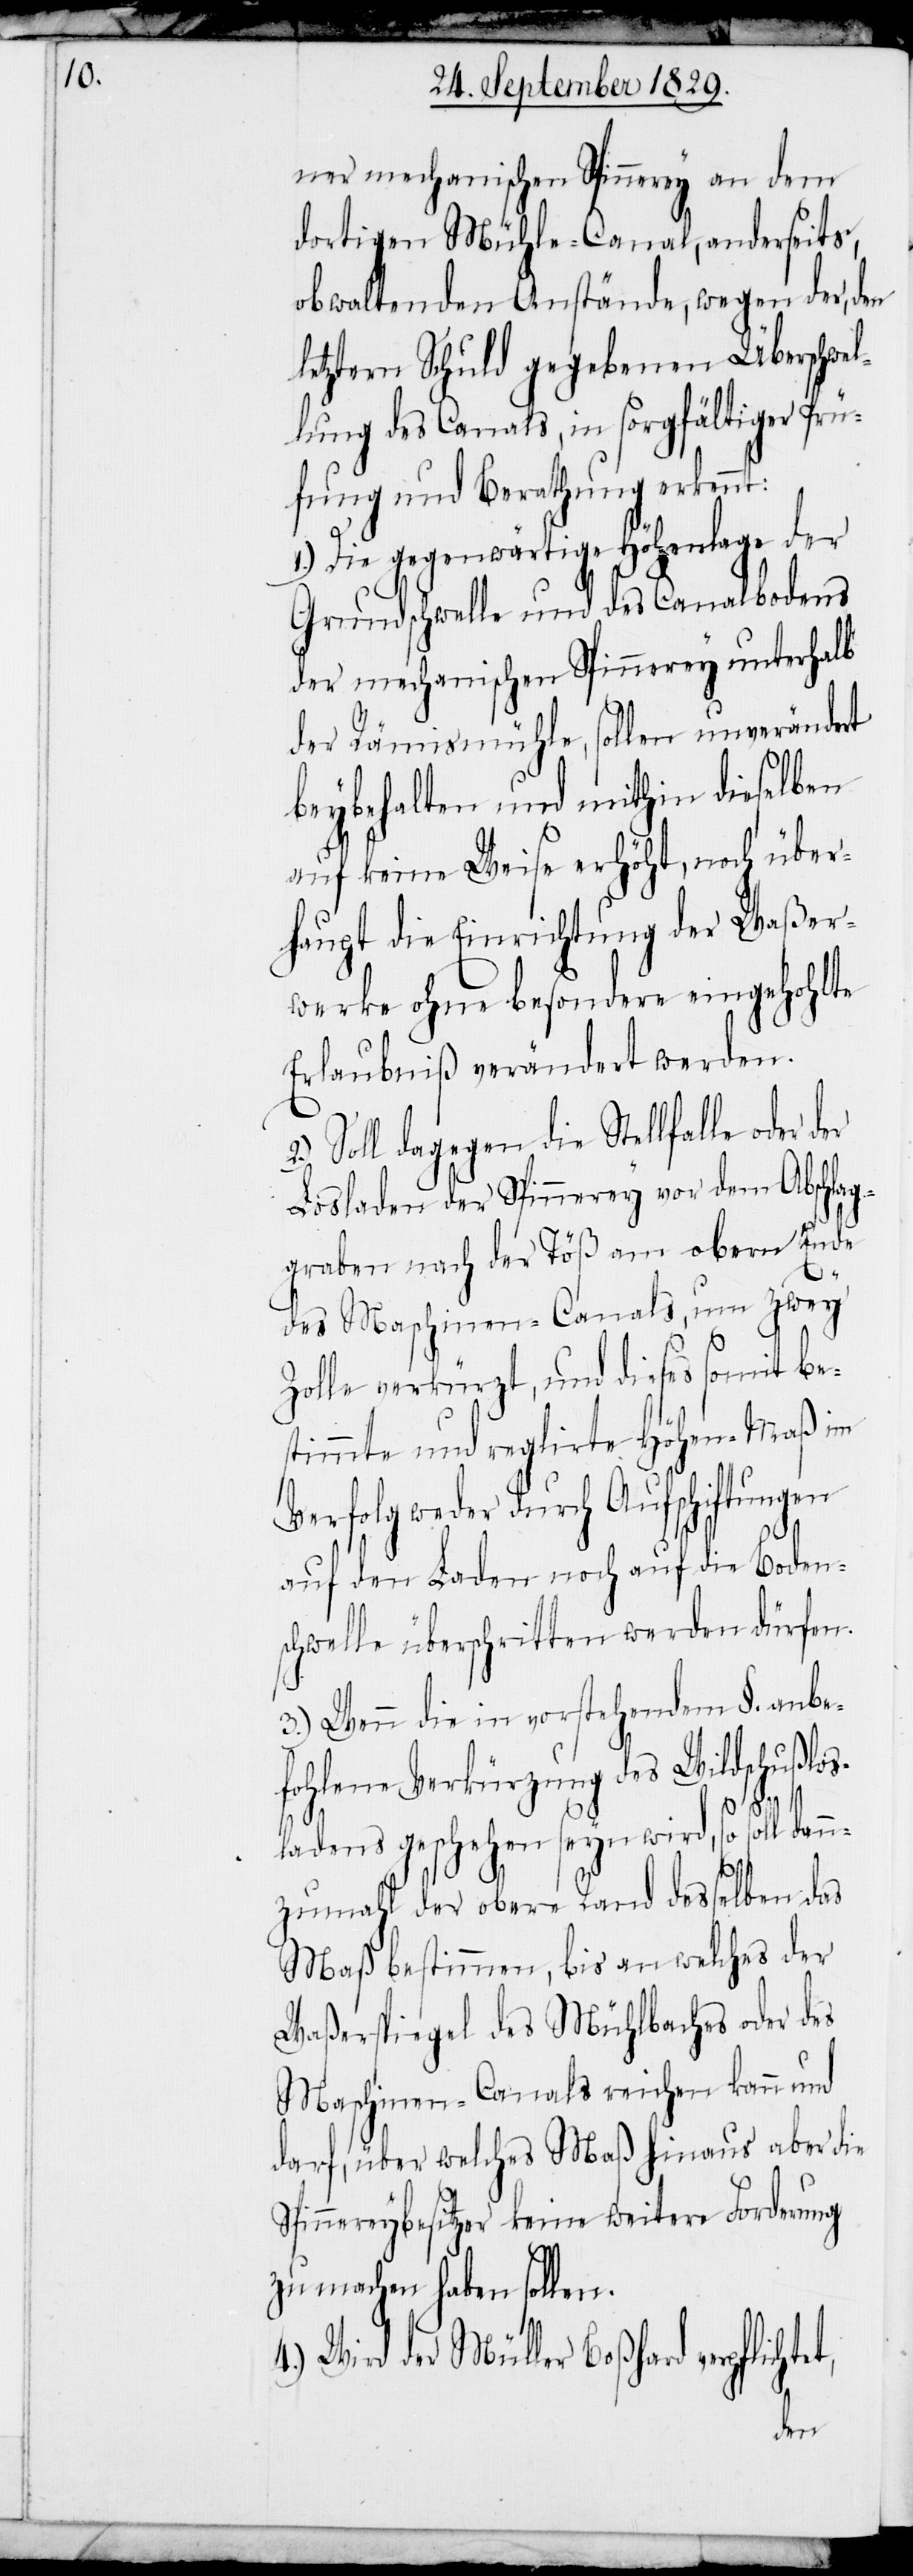
ner mechanischen Spinnerey an dem
dortigen Mühle-Canal, anderseits,
obwaltenden Anstände, wegen der, den
letztern Schuld gegebenen Überschwel¬
lung des Canals, in sorgfältiger Prü¬
fung und Berathung erkennt:
1.) Die gegenwärtige Höhenlage der
Grundschwelle und des Canalbodens
der mechanischen Spinnerey unterhalb
der Rämismühle, sollen unverändert
beybehalten und mithin dieselben
auf keine Weise erhöht, noch über¬
haupt die Einrichtung der Waßer¬
werke ohne besondere eingehohlte
Erlaubniß verändert werden.
2.) Soll dagegen die Stellfalle oder
Losladen der Spinnerey vor dem Abschlag¬
graben nach der Töß am obern Ende
des Maschinen-Canals, um zwey
Zolle verkürzt, und dieses somit be¬
stimmte und reglirte Höhen-Maß im
weder durch Aufschiftungen
auf den Laden noch auf die Boden¬
schwelle überschritten werden dürfen.
3.) Wenn die in vorstehendem §. anbe¬
fohlene Verkürzung des Wildschußlos¬
ladens geschehen seyn wird, so soll
t,
nzumahl der obere Rand desselben das
Maß bestimmen, bis an welches der
Waßerspiegel des Mühlebaches oder des
Maschinen-Canals reichen kann und
darf, über welches Maß hinaus aber die
Spinnereybesitzer keine weitere Forderung
zu machen haben sollen.
4.) Wird der Müller Boßhard verpflichte¬
der